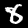
Label: 8